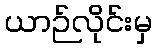
ယာဉ်လိုင်းမှ